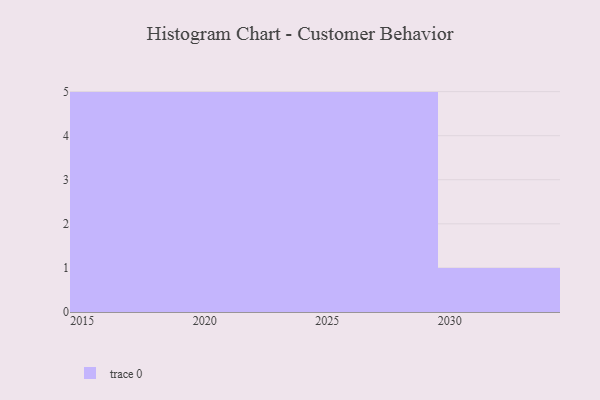
{"axis": {"x": "Year", "y": "Humidity (%)"}, "legend": [""], "data": [{"x": "2017", "y": 56, "type": ""}, {"x": "2016", "y": 83, "type": ""}, {"x": "2022", "y": 25, "type": ""}, {"x": "2026", "y": 33, "type": ""}, {"x": "2023", "y": 24, "type": ""}, {"x": "2024", "y": 22, "type": ""}, {"x": "2027", "y": 15, "type": ""}, {"x": "2021", "y": 26, "type": ""}, {"x": "2020", "y": 29, "type": ""}, {"x": "2028", "y": 3, "type": ""}, {"x": "2025", "y": 10, "type": ""}, {"x": "2018", "y": 52, "type": ""}, {"x": "2015", "y": 99, "type": ""}, {"x": "2029", "y": 64, "type": ""}, {"x": "2030", "y": 9, "type": ""}, {"x": "2019", "y": 83, "type": ""}]}